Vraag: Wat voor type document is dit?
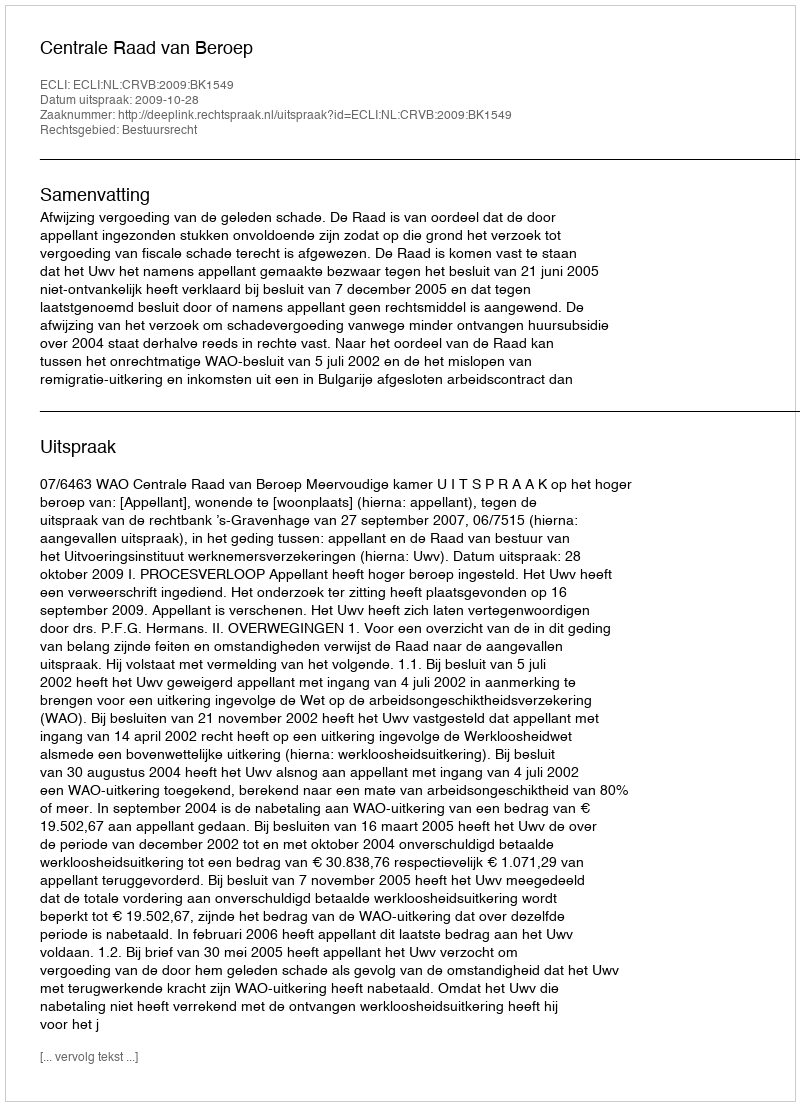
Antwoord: Uitspraak